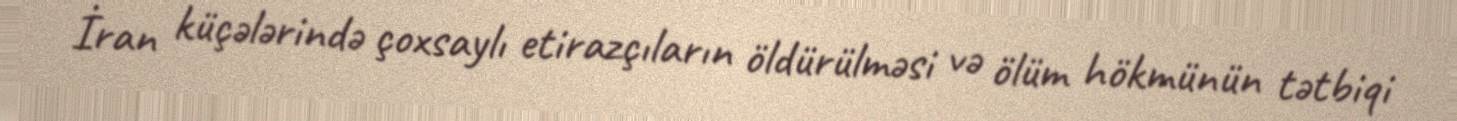
İran küçələrində çoxsaylı etirazçıların öldürülməsi və ölüm hökmünün tətbiqi